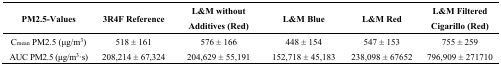
<table><thead><tr><td><b>PM2.5-Values</b></td><td><b>3R4F Reference</b></td><td><b>L&amp;M without Additives (Red)</b></td><td><b>L&amp;M Blue</b></td><td><b>L&amp;M Red</b></td><td><b>L&amp;M Filtered Cigarillo (Red)</b></td></tr></thead><tbody><tr><td>C<sub>mean</sub> PM2.5 (μg/m<sup>3</sup>)</td><td>518 ± 161</td><td>576 ± 166</td><td>448 ± 154</td><td>547 ± 153</td><td>755 ± 259</td></tr><tr><td>AUC PM2.5 (μg/m<sup>3</sup>·s)</td><td>208,214 ± 67,324</td><td>204,629 ± 55,191</td><td>152,718 ± 45,183</td><td>238,098 ± 67652</td><td>796,909 ± 271710</td></tr></tbody></table>